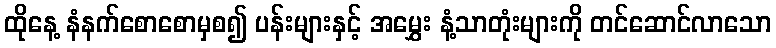
ထိုနေ့ နံနက်စောစောမှစ၍ ပန်းများနှင့် အမွှေး နံ့သာတုံးများကို တင်ဆောင်လာသော